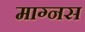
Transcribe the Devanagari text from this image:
माग्नस